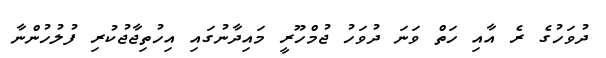
ދުވަހުގެ ރެ އާއި ހަތް ވަނަ ދުވަހު ޖުމްހޫރީ މައިދާނުގައި އިހުތިޖާޖުކުރި ފުލުހުންނާ